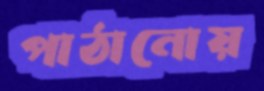
পাঠানোয়